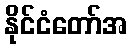
နိုင်ငံတော်အ